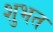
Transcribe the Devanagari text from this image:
शुभत